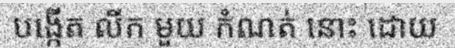
បង្កើត លីក មួយ កំណត់ នោះ ដោយ